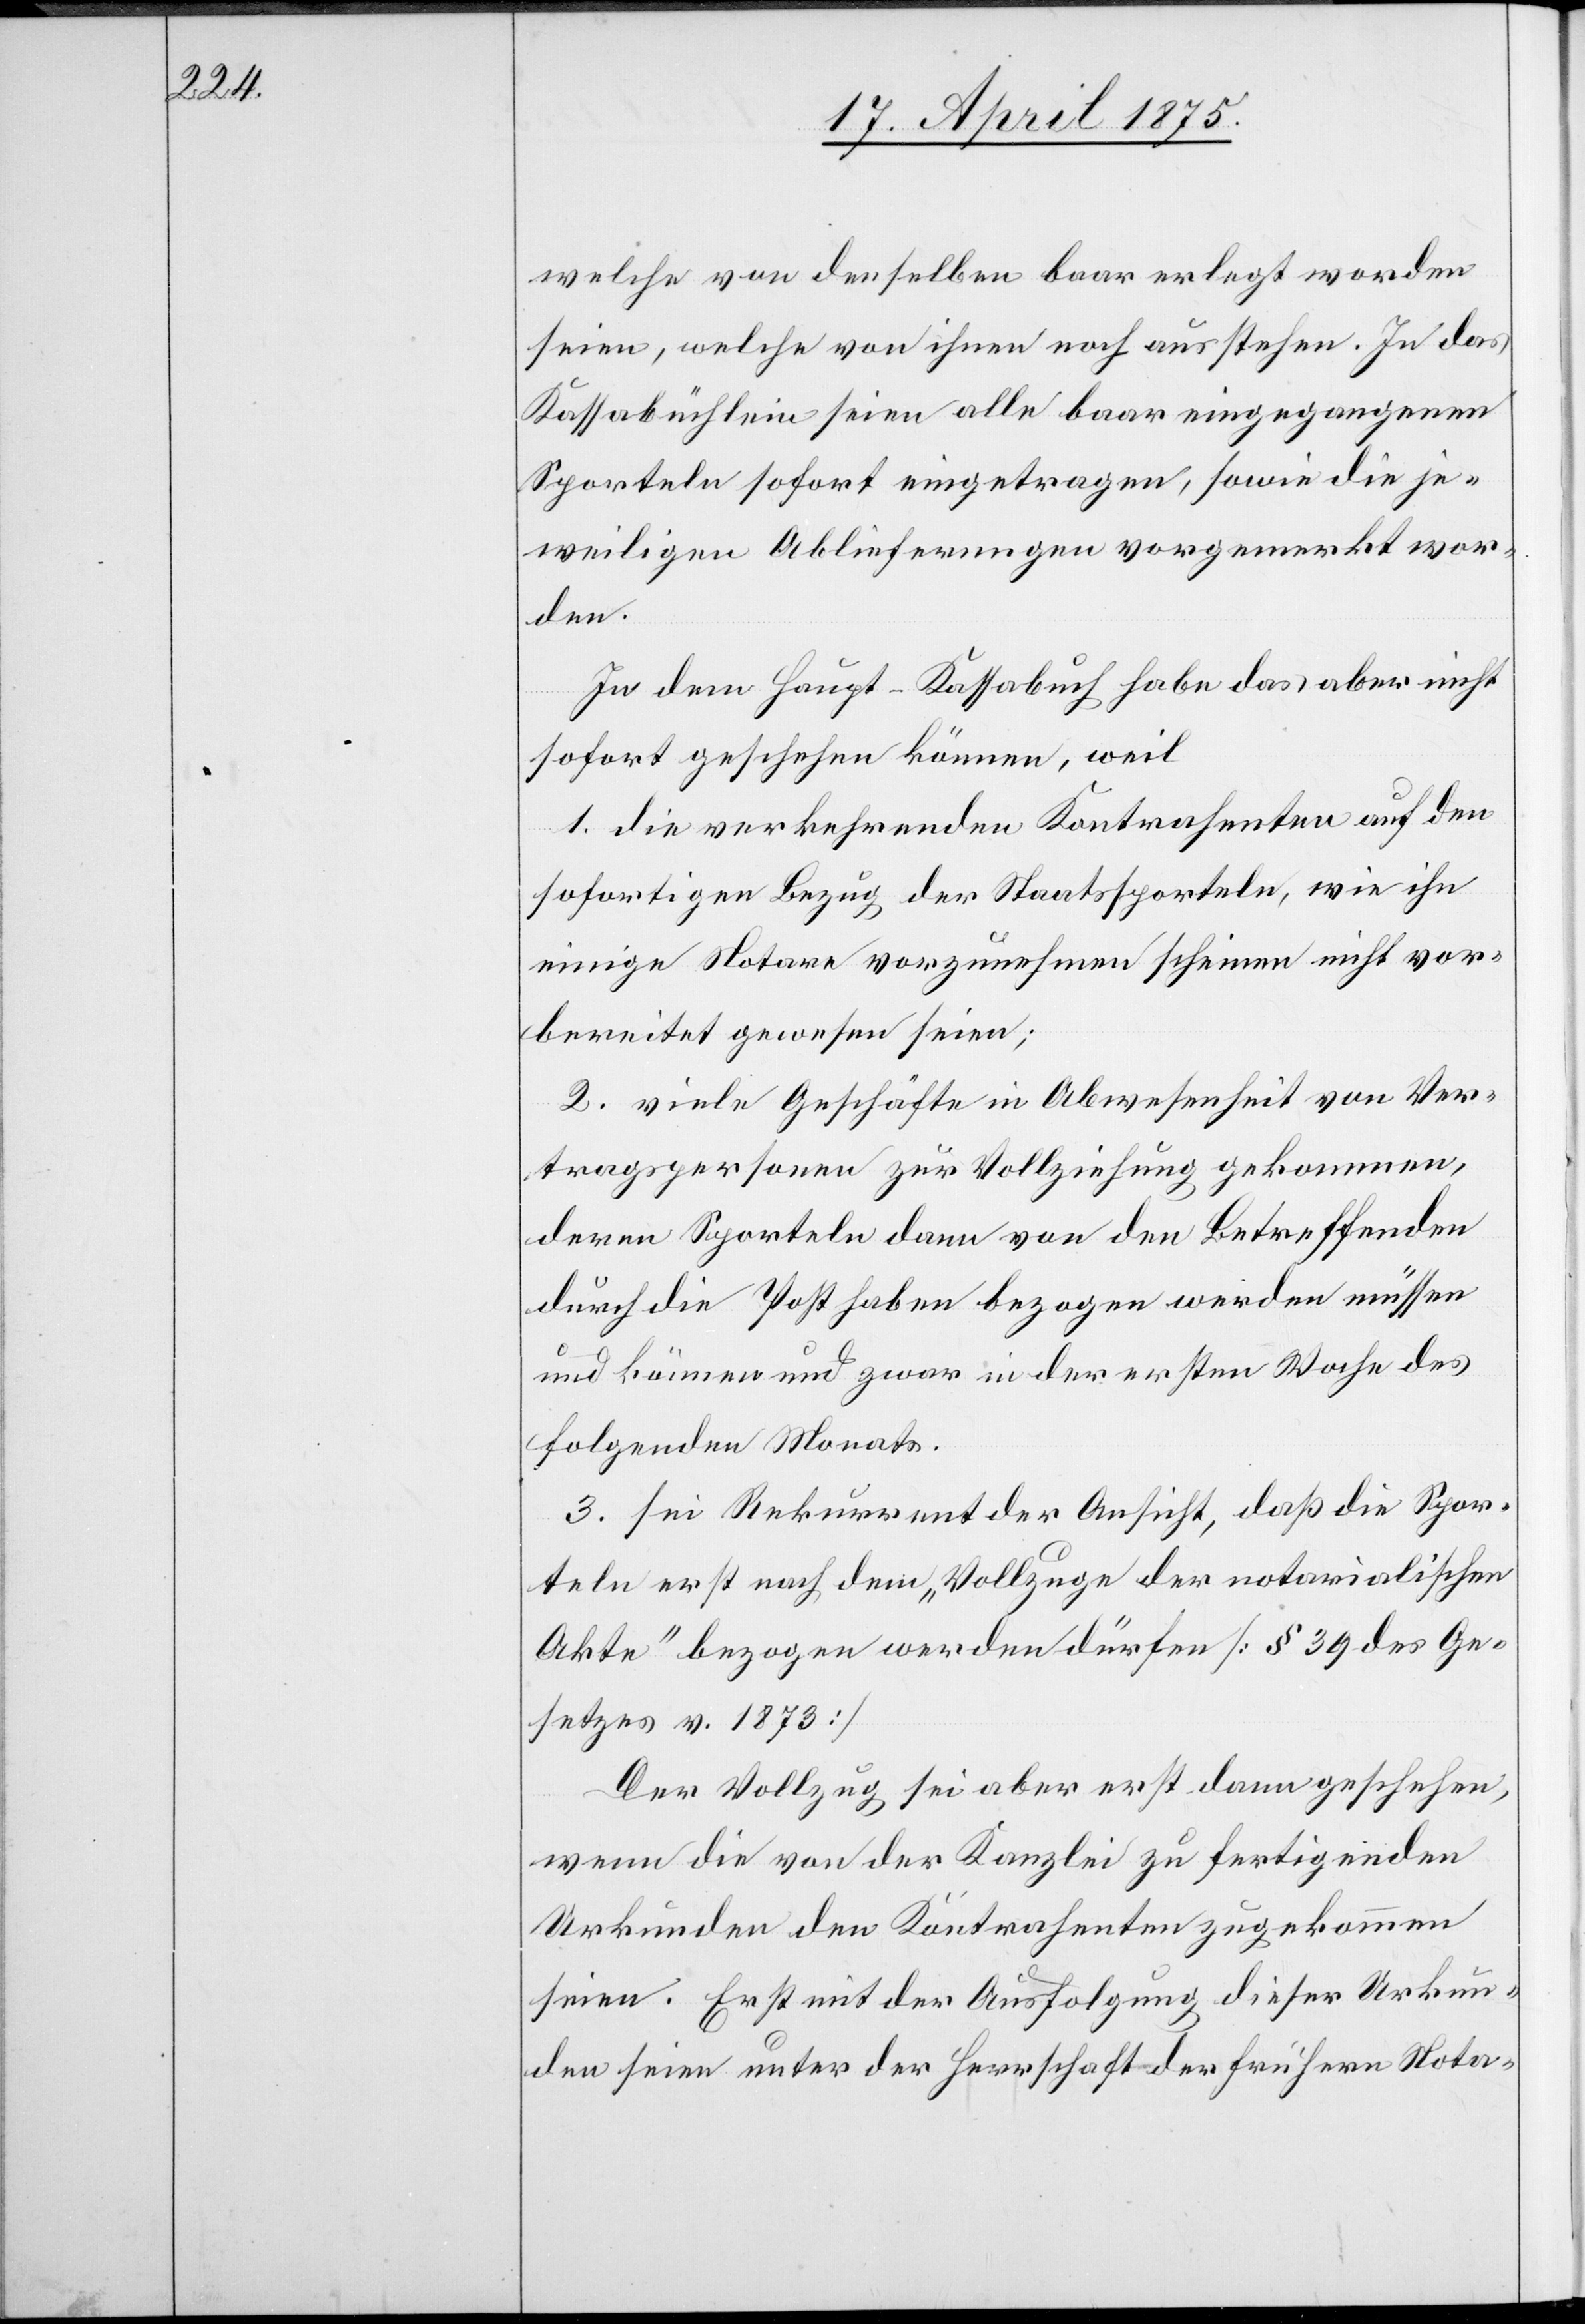
welche von denselben baar erlegt worden
seien, welche von ihnen noch ausstehen. In das
Kassabüchlein seien alle baar eingegangenen
Sporteln sofort eingetragen, sowie die je¬
weiligen Ablieferungen vorgemerkt wor¬
den.
In dem Haupt-Kassabuch habe das aber nicht
sofort geschehen können, weil
1. die verkehrenden Kontrahenten auf den
sofortigen Bezug der Staatssporteln, wie ihn
einige Notare vorzunehmen scheinen nicht vor¬
bereitet gewesen seien;
2. viele Geschäfte in Abwesenheit von Ver¬
tragspersonen zur Vollziehung gekommen,
deren Sporteln denn von den Betreffenden
durch die Post haben bezogen werden müssen
und können und zwar in der ersten Woche des
folgenden Monats.
3. sei Rekurrent der Ansicht, daß die Spor¬
teln erst nach dem „Vollzuge der notarialischen
Akte“ bezogen werden dürfen [§ 39 des Ge¬
setzes v. 1873].
Der Vollzug sei aber erst dann geschehen,
wenn die von der Kanzlei zu fertigenden
Urkunden den Kontrahenten zugekommen
seien. Erst mit der Ausfolgung dieser Urkun¬
den seien unter der Herrschaft der frühern Nota-